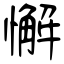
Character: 懈